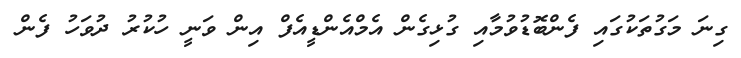
ގިނަ މަގުތަކުގައި ފެންބޮޑުވުމާއި ގުޅިގެން އެމްއެންޑީއެފް އިން ވަނީ ހުކުރު ދުވަހު ފެން